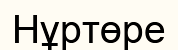
Нұртөре